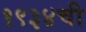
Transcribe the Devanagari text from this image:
१९३४ची